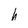
Character: h